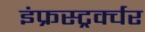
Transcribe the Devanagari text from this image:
इंफ्रस्ट्रर्क्चर